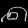
Digit: ၈